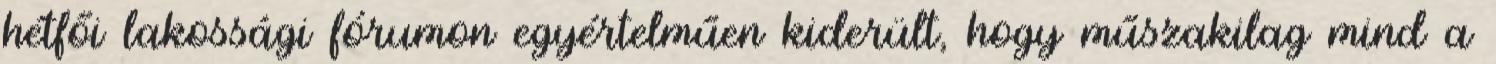
hétfői lakossági fórumon egyértelműen kiderült, hogy műszakilag mind a